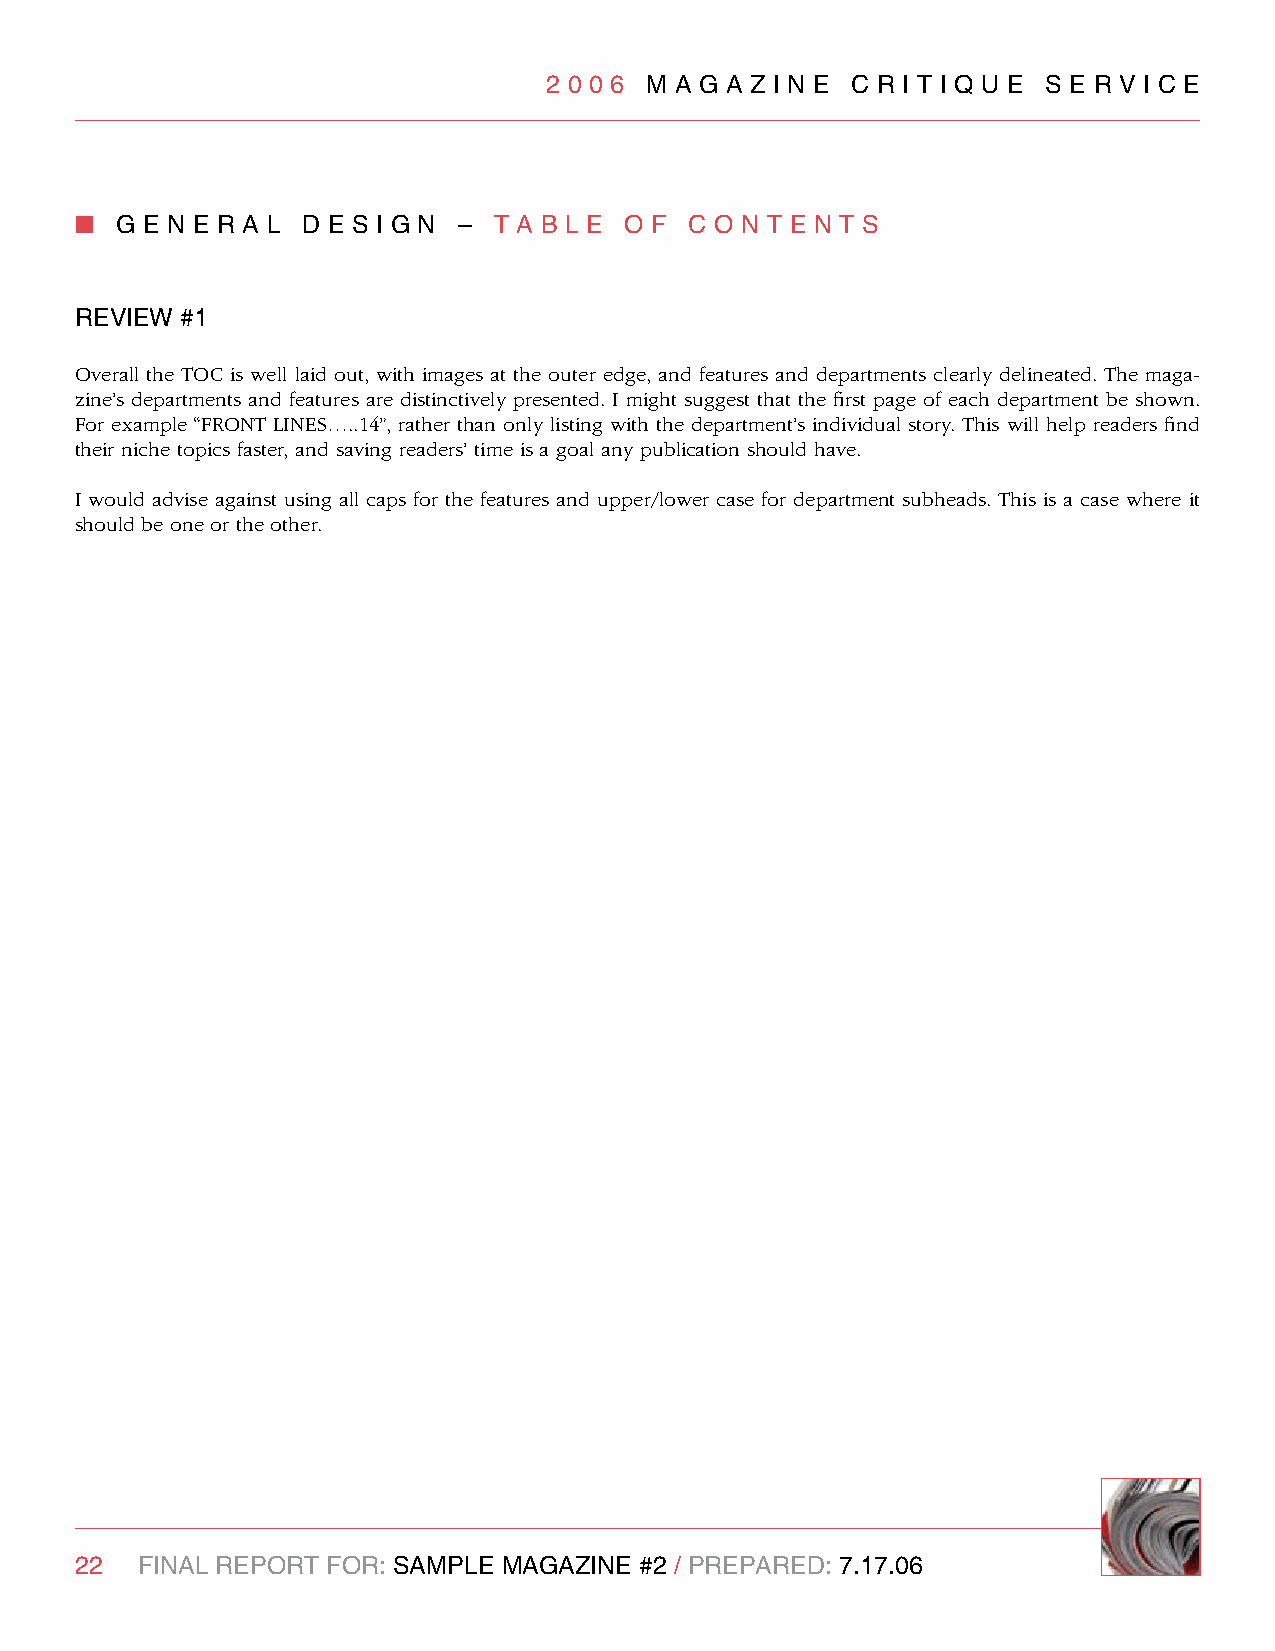
2 0 0 6 M A g A z I n e C R I T I q U e S e R v I C e
 n  g e n e R A l d e S I g n – T A B l e O F C O n T e n T S
 RevIew #1
 Overall the TOC is well laid out, with images at the outer edge, and features and departments clearly delineated. The maga-
 zine’s departments and features are distinctively presented. I might suggest that the first page of each department be shown.
 For example “FRONT LINES…..14”, rather than only listing with the department’s individual story. This will help readers find
 their niche topics faster, and saving readers’ time is a goal any publication should have.
 I would advise against using all caps for the features and upper/lower case for department subheads. This is a case where it
 should be one or the other.
 22  FInAl RePORT FOR: SAMPle MAgAzIne #2 / PRePARed: 7.17.06